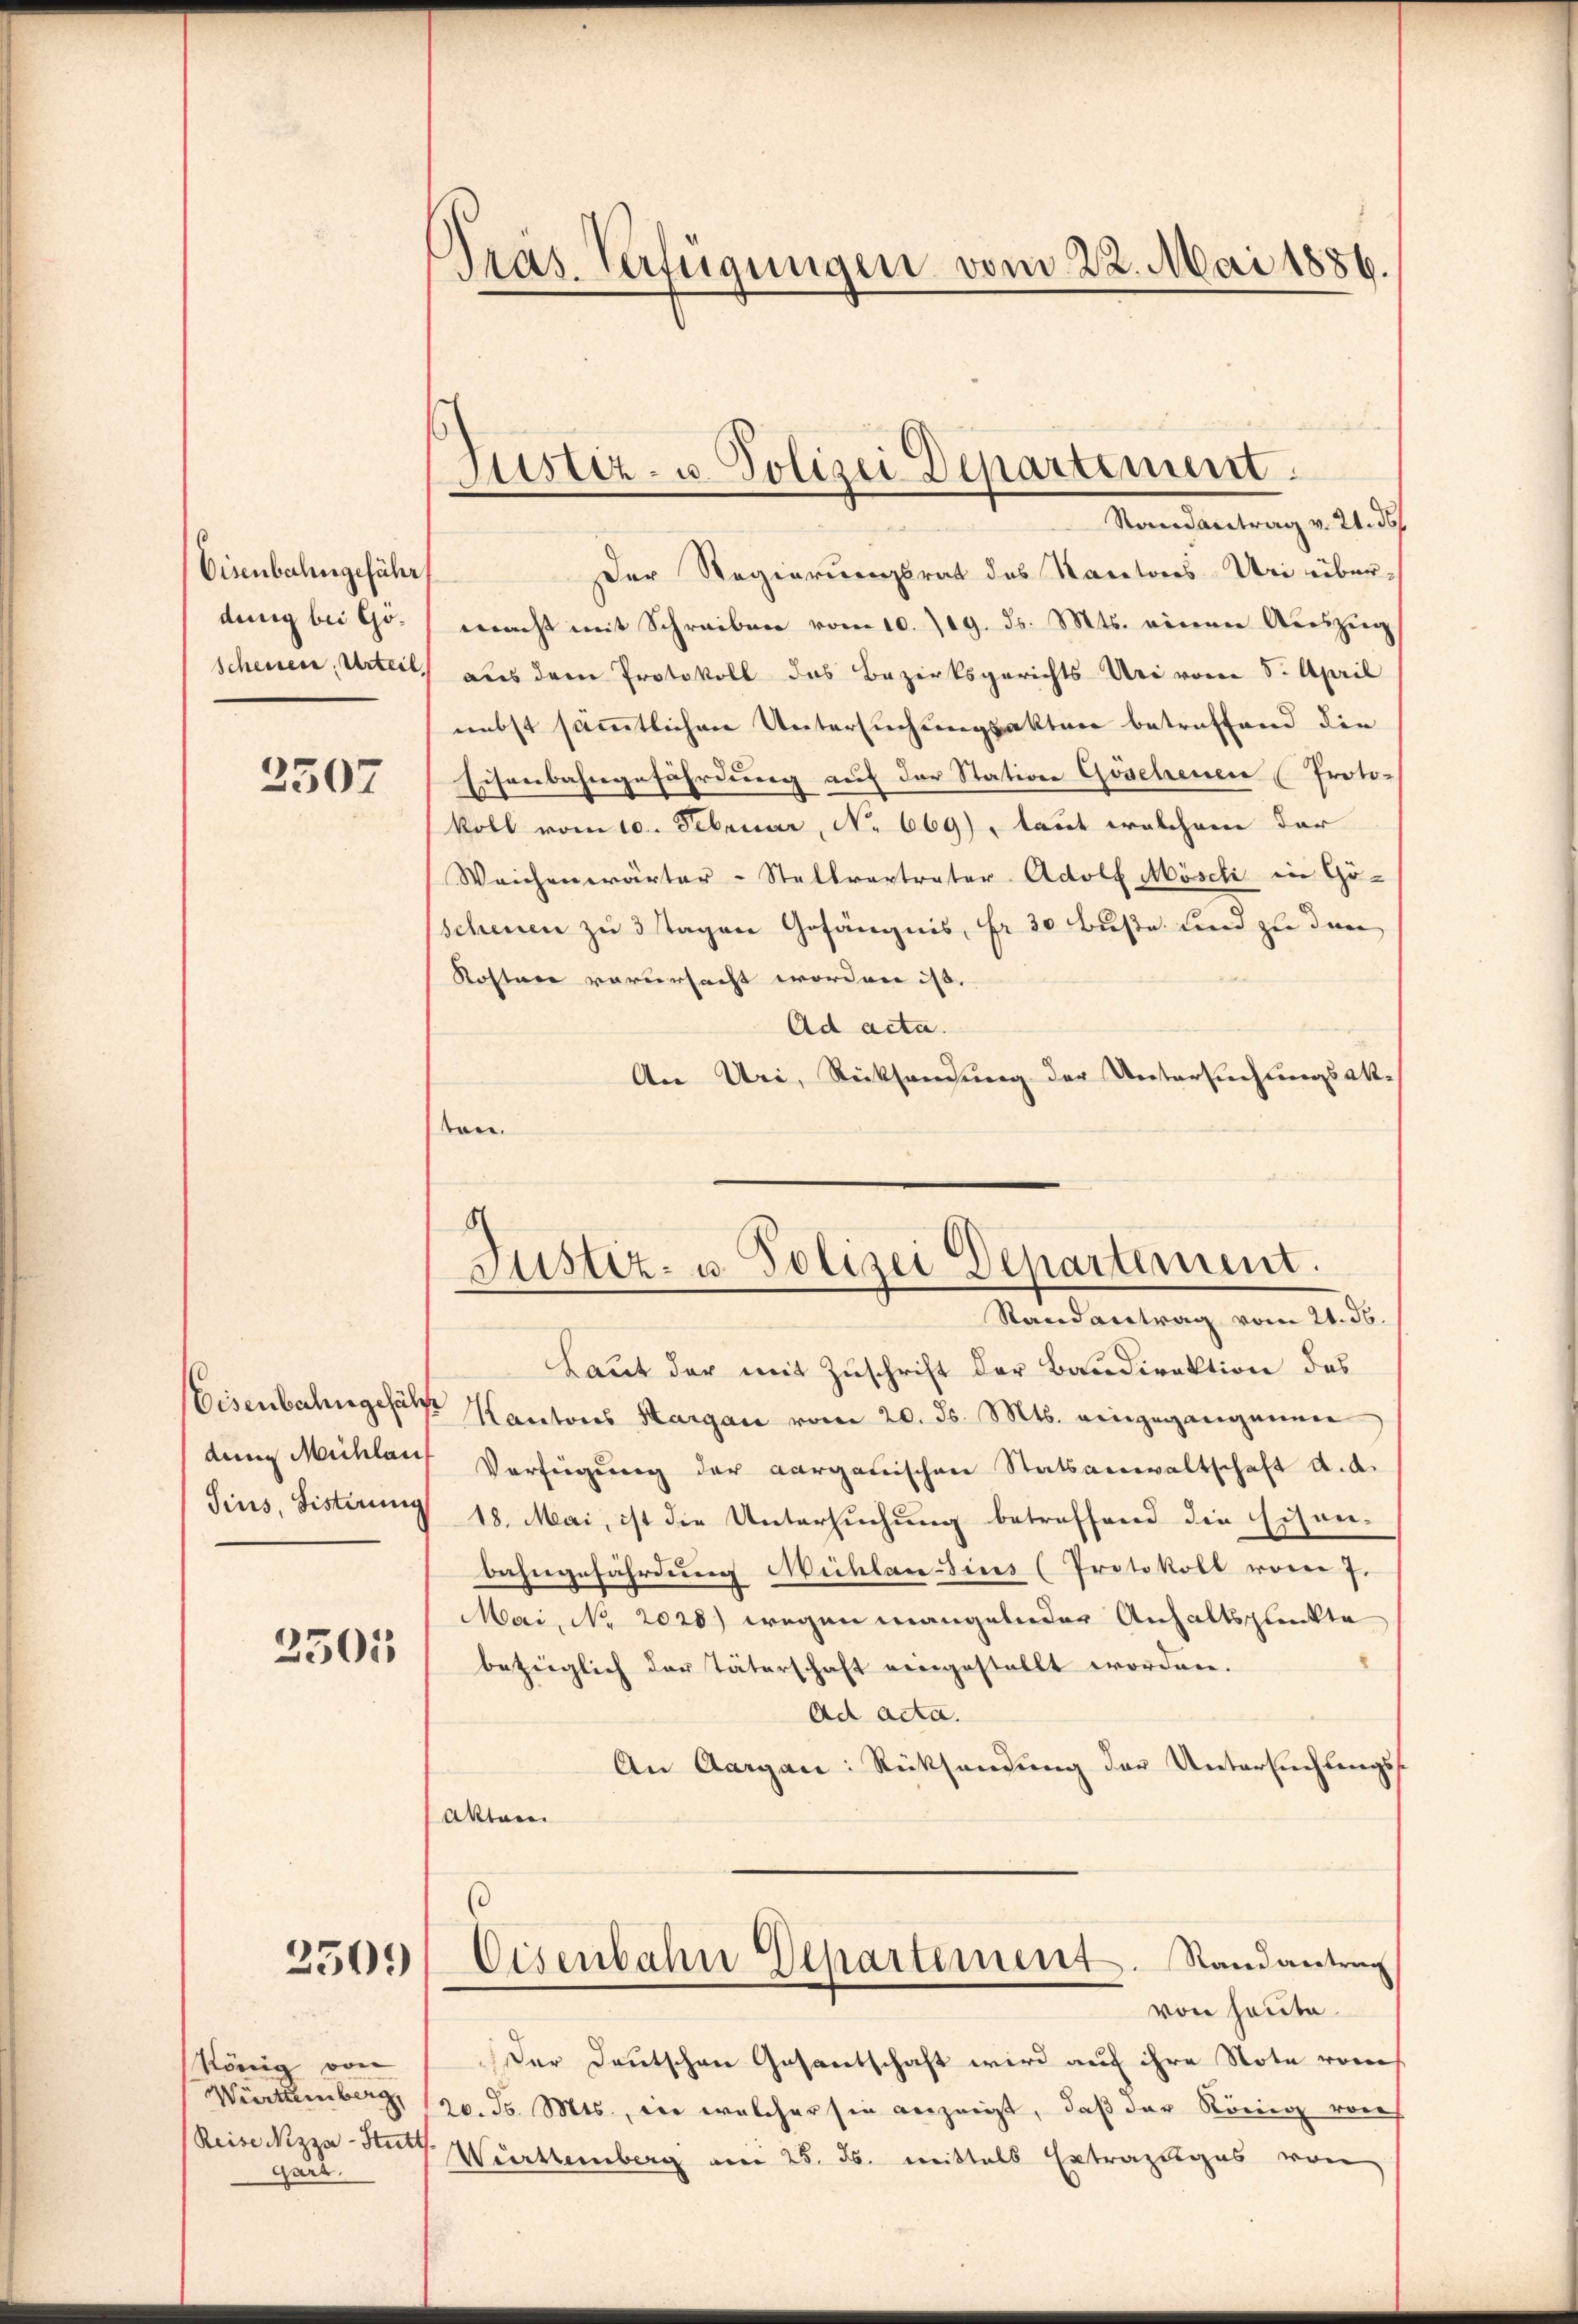
Eisenbahngefähr
dung bei Gö¬

2507

den Michlauf

2301

2509

König von
Würtemberg,
Reise Nizza - Stut
Gars.

Der Regierungsrat des Kantons-Uri über-
macht mit Schreiben vom 10. 719. ds. Mts. einen Auszug
scheuen, Urteil, aus dem Protokoll das Bezirksgerichts Uri vom 5. April
nebst sämmtlichen Untersuchungsakter betreffend die
Eisenbahngefährdung auf der Station Göschenen (Proto-
koll vom 10. Februar, No 669), laut welchem dar
Weichenwärter-Stellvertrater Adolf Mösch in Gö-
schenen zu 3 Tagen Gefängnis, Fr. 30 Buße und zu den
Kosten verursacht worden ist.
Ad acta.
An Uri, Rücksendung der Untersuchungsakten.
8

Tras Verfügungen vom 22. Mai 1886.

Justiz- u. Polizei Departement.
Randantrag v. 21. ds

Justiz- u. Polizei Departement.

Randantrag vom 21. 56.
Laut der mit Zuschrift der Baudirektion des
Eisenbahngesetze Kantons Sargau vom 20. ds. Mts. eingegangenen
Verfügung der aargauischen Statsanwaltschaft d. d.
Sius, Fisterung 18. Mai, ist die Untersuchung betreffend die Eisenbahngefährdung Michlansins (Protokoll vom 7.
Mai, No 2028) wegen mangelnder Anhaltsglückte
bezüglich der Täterschaft eingestellt worden.
Ad acta.
An Aargau: Rücksendung der Untersuchungs¬
Akten
6
Eisenbahn Departement. Stand antrag
von heute.
Der Deutschen Gesantschaft wird auf ihre Note von
20. d. Mts., die welcher sie anzeigt, daß der König vorh
.
Württemberg am 25. ds. mittels Extrazuges von